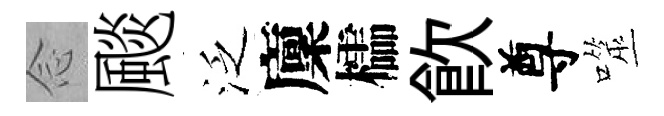
𫝹颷泛廩櫺飲尊噬